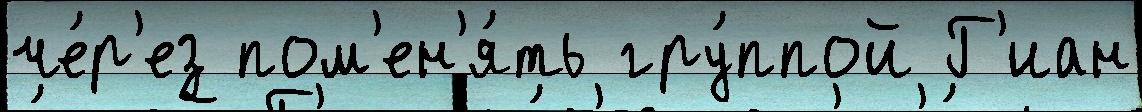
че́р'ез пом'ен'я́ть гру́ппой Г'иан